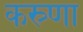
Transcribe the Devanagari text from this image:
कस्र्णा